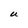
Character: U